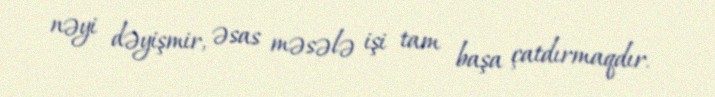
nəyi dəyişmir, əsas məsələ işi tam başa çatdırmaqdır.